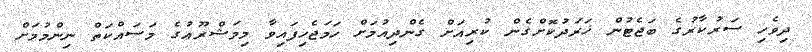
ދިވެހި ސަރުކާރުގެ ބަޖެޓުން ޚަރަދުކޮށްގެން ކުރިއަށް ގެންދިއުމަށް ހަމަޖެހިފައިވާ މިމަޝްރޫޢުގެ މަސައްކަތް ނިންމުމަށް